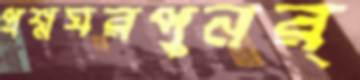
প্রশ্নঘরপুনর্